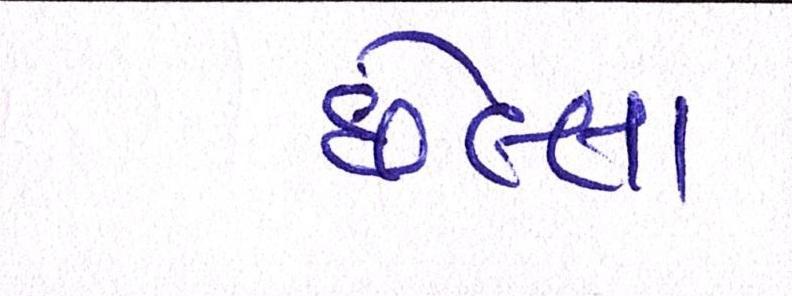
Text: છેલ્લા